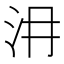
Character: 𣲕